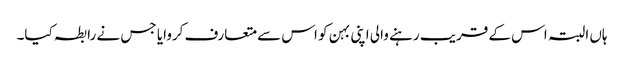
ہاں البتہ اس کے قریب رہنے والی اپنی بہن کو اس سے متعارف کروایا جس نے رابطہ کیا۔